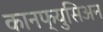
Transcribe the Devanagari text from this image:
कानफ्युसिअन